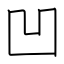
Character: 凹